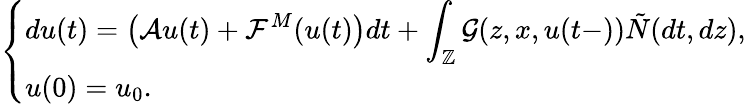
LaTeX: \left\{ \begin{array}{ll}{\displaystyle du(t)=\left(\mathcal{A}u(t)+\mathcal{F}^{M}(u(t)\right)dt+\int_{\mathbb{Z}}\mathcal{G}(z,x,u(t-))\tilde{N}(dt,dz),}\\ {u(0)=u_{0}.}\end{array}\right.